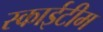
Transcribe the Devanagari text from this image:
स्‍काईटीम